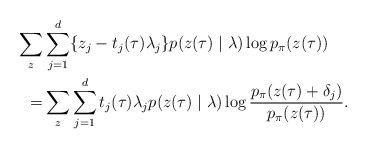
\begin{align*}\sum_z & \sum^{d}_{j=1} \{z_j - t_j (\tau) \lambda_j \} p (z(\tau) \mid \lambda) \log p_{\pi} (z(\tau)) \\= & \sum_z \sum^{d}_{j=1} t_j (\tau) \lambda_j p ( z (\tau) \mid \lambda )\log \frac { p_\pi ( z (\tau) + \delta_j ) }{ p_\pi ( z (\tau) ) }.\end{align*}